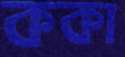
ককা